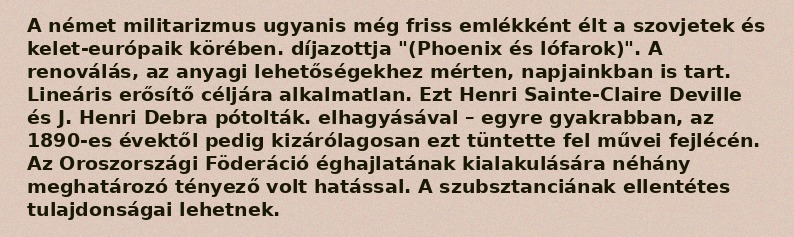
A német militarizmus ugyanis még friss emlékként élt a szovjetek és kelet-európaik körében. díjazottja "(Phoenix és lófarok)". A renoválás, az anyagi lehetőségekhez mérten, napjainkban is tart. Lineáris erősítő céljára alkalmatlan. Ezt Henri Sainte-Claire Deville és J. Henri Debra pótolták. elhagyásával – egyre gyakrabban, az 1890-es évektől pedig kizárólagosan ezt tüntette fel művei fejlécén. Az Oroszországi Föderáció éghajlatának kialakulására néhány meghatározó tényező volt hatással. A szubsztanciának ellentétes tulajdonságai lehetnek.